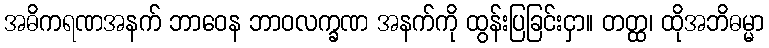
အဓိကရဏအနက် ဘာဝေန ဘာဝလက္ခဏ အနက်ကို ထွန်းပြခြင်းငှာ။ တတ္ထ၊ ထိုအဘိဓမ္မာ